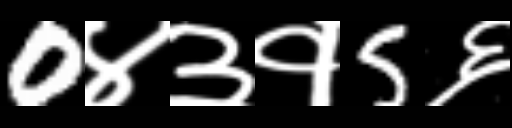
Text: 0४३१5६